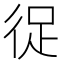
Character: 𭛬